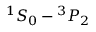
{ } ^ { 1 } S _ { 0 } - { } ^ { 3 } P _ { 2 }